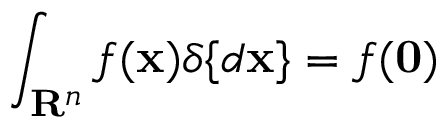
\int _ { \mathbf { R } ^ { n } } f ( \mathbf { x } ) \delta \{ d \mathbf { x } \} = f ( \mathbf { 0 } )